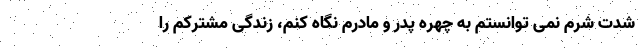
شدت شرم نمی توانستم به چهره پدر و مادرم نگاه کنم، زندگی مشترکم را